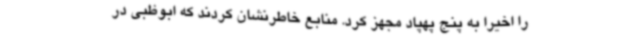
را اخیراً به پنج پهپاد مجهز کرد. منابع خاطرنشان کردند که ابوظبی در